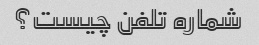
شماره تلفن چیست؟